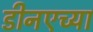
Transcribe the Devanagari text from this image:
डीनएच्या